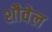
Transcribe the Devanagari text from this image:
शौवेल